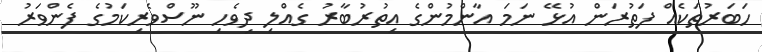
ހަބަރުތަކެއް ފަތުރަން އުޅޭ ނަމަ އާންމުންގެ އިތުރުބާރު ގެއްލި ދިވެހި ނޫސްވެރިކަމުގެ ފެންވަރު